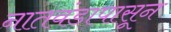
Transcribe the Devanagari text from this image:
नातवंडापासून